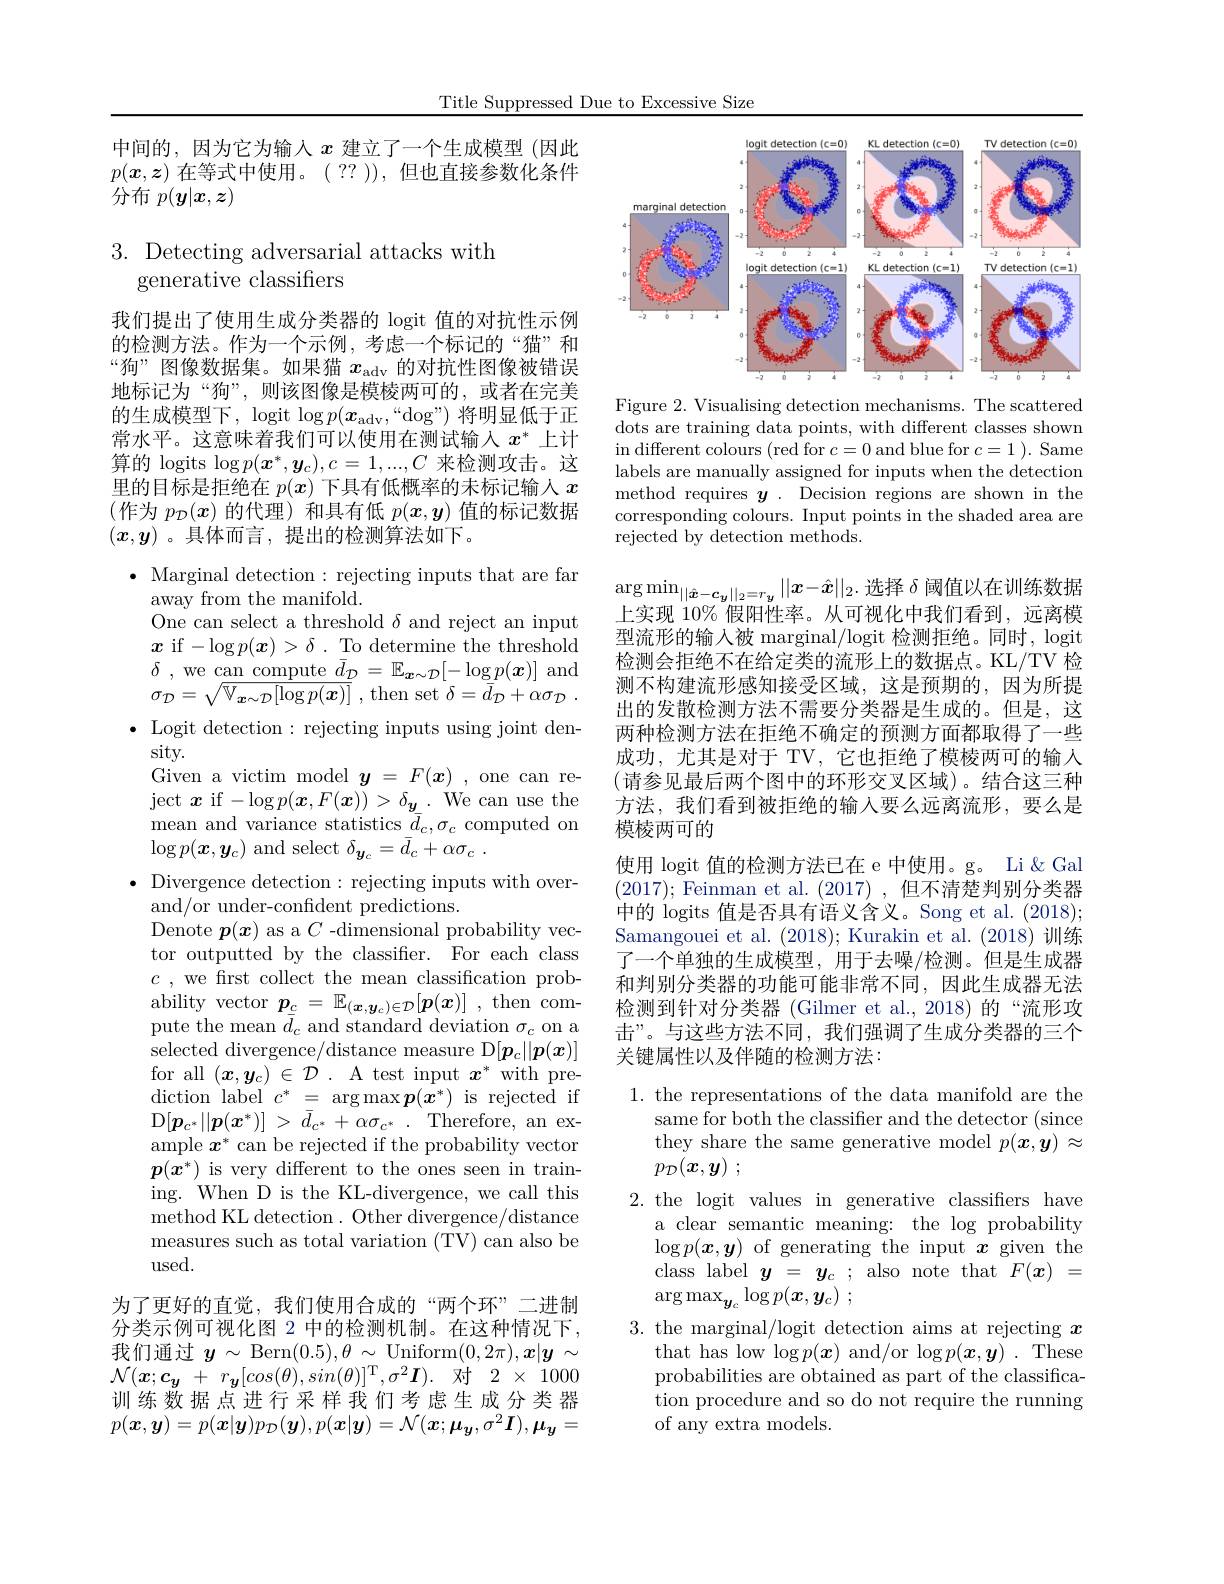
Title Suppressed Due to Excessive Size

中间的，因为它为输入$x$建立了一个生成模型 (因此$p(\boldsymbol{x},\boldsymbol{z})$在等式中使用。( ?? )),但也直接参数化条件分布$p(\boldsymbol{y}|\boldsymbol{x},\boldsymbol{z})$

## $3.{\mathrm{~Detecting~adversarial~attacks~with}}$ generative classifiers

我们提出了使用生成分类器的 logit 值的对抗性示例的检测方法。作为一个示例，考虑一个标记的“猫”和“狗”图像数据集。如果猫$x_\mathrm{adv}$的对抗性图像被错误地标记为“狗”,则该图像是模棱两可的，或者在完美的生成模型下，$\log$it $\log p(\boldsymbol{x}_\mathrm{adv},“$dog") 将明显低于正常水平。这意味着我们可以使用在测试输入$x^*$上计算的 logits $\log p(\boldsymbol{x}^*,\boldsymbol{y}_c),c=1,...,C$来检测攻击。这里的目标是拒绝在$p(x)$下具有低概率的未标记输入$x$ (作为$p_{\mathcal{D}}(\boldsymbol{x})$的代理) 和具有低$p(\boldsymbol{x},\boldsymbol{y})$值的标记数据$(x,y)$ 。具体而言，提出的检测算法如下。

$\bullet$ Marginal detection: rejecting inputs that are far
away from the manifold.
One can select a threshold $\delta$ and reject an input $x$ if $-\log p(\boldsymbol{x})>\delta.$ To determine the threshold $\delta$ , we can compute $\bar{d}_{\mathcal{D}}=\mathbb{E}_{\boldsymbol{x}\sim\mathcal{D}}[-\log_{\boldsymbol{D}}p(\boldsymbol{x})]$ and $\sigma _{\mathcal{D} }= \sqrt {\mathbb{V} _{\boldsymbol{x}\sim \mathcal{D} }[ \log p( \boldsymbol{x}) ] }$ , then set $\delta = \overline {\bar{d} }_{\mathcal{D} }+ \alpha \sigma _{\mathcal{D} }$ . $\bullet$ Logit detection : rejecting inputs using joint den-
sity.
Given a victim model $y=F(x)$ , one can reject $\boldsymbol{x}$ if$-\log p(\boldsymbol{x},F(\boldsymbol{x}))>\delta_{\underline{\boldsymbol{y}}}.$ We can use the mean and variance statistics $\overline{d}_{c},\sigma_{c}$ computed on $\log p(\boldsymbol{x},\boldsymbol{y}_c)$ and select $\delta _{\boldsymbol{y}_c}= \bar{d} _c+ \alpha \sigma _c$ .
$\bullet$ Divergence detection: rejecting inputs with over-
and/or under-confident predictions.
Denote $\boldsymbol p(\boldsymbol x)$ as a $C$ -dimensional probability vector outputted by the classifier. For each class $c$ , we frst collect the mean classification probability vector $p_{\underline{c}}=\mathbb{E}_{(\boldsymbol{x},\boldsymbol{y}_c)\in\mathcal{D}}[\boldsymbol{p}(\boldsymbol{x})]$ , then compute the mean $\bar{d}_c$ and standard deviation $\sigma_c$ on a selected divergence/distance measure D$[\boldsymbol p_c||\boldsymbol{p}(x)]$ for all $(\boldsymbol x,\boldsymbol y_c)\in\mathcal{D}^{\prime}.$ A test input $\boldsymbol x^*$ with pre- $\operatorname*{diction}\overset{{\mathrm{label}}}{\operatorname*{c^{*}}}=\operatorname*{argmax}\boldsymbol{p(x^{*})}$ is rejected if $\mathbb{D} [ p_{c^* }| | p( x^* ) ]$ > $\bar{d} _{c^* }+ \bar{\alpha } \sigma _{c^* }$ .Therefore, an example $x^*$ can be rejected if the probability vector $p(x^{*})$ is very different to the ones seen in training. When D is the KL-divergence, we call this method KL detection. Other divergence/distance measures such as total variation (TV) can also be $\operatorname{used}.$
为了更好的直觉，我们使用合成的“两个环”二进制分类示例可视化图 2 中的检测机制。在这种情况下， 我们通过$y\sim\operatorname{Bern}(0.5),\theta\sim\operatorname{Uniform}(0,2\pi),\boldsymbol{x}|\boldsymbol{y}\sim$ $\mathcal{N} ( \boldsymbol{x}; \boldsymbol{c}_{\boldsymbol{y}}$ + $r_{\boldsymbol{y}}[ cos( \theta ) , sin( \theta ) ] ^{\mathrm{T} }, \sigma ^{2}\boldsymbol{I}) .$ 对 2 $\times$ 1000训练数据点进行采样我们考虑生成分类器$p(\boldsymbol{x},\boldsymbol{y})=p(\boldsymbol{x}|\boldsymbol{y})p_{\mathcal{D}}(\boldsymbol{y}),p(\boldsymbol{x}|\boldsymbol{y})=\mathcal{N}(\boldsymbol{x};\boldsymbol{\mu}_{\boldsymbol{y}},\sigma^2\boldsymbol{I}),\boldsymbol{\mu}_{\boldsymbol{y}}=$

<FigureHere>

Figure 2. Visualising detection mechanisms. The scattered $\bar{\text{dots are training data points, with different classes shown}}$ in different colours (red for $c=0$ and blue for $c=1).$ Same labels are manually assigned for inputs when the detection method requires $y.$ Decision regions are shown in the corresponding colours. Input points in the shaded area are $\bar{\text{rejected by detection methods}}.$

$\arg\min_{||\hat{\boldsymbol{x}}-\boldsymbol{c}_y||_2=r_y}||x-\hat{\boldsymbol{x}}||_2.$选择$\delta$阈值以在训练数据上实现 10% 假阳性率。从可视化中我们看到，远离模型流形的输入被 marginal/logit 检测拒绝。同时，logit 检测会拒绝不在给定类的流形上的数据点。KL/TV 检测不构建流形感知接受区域，这是预期的，因为所提出的发散检测方法不需要分类器是生成的。但是，这两种检测方法在拒绝不确定的预测方面都取得了一些成功，尤其是对于 TV, 它也拒绝了模棱两可的输人(请参见最后两个图中的环形交叉区域)。结合这三种方法，我们看到被拒绝的输入要么远离流形，要么是模棱两可的
使用 logit 值的检测方法已在 e 中使用。g。Li &Gal (2017);Feinman et al.(2017),但不清楚判别分类器中的 logits 值是否具有语义含义。Song et al. (2018); Samangouei et al. (2018); Kurakin et al. (2018)训练了一个单独的生成模型，用于去噪/检测。但是生成器和判别分类器的功能可能非常不同，因此生成器无法检测到针对分类器 (Gilmer et al.,2018)的“流形攻击”。与这些方法不同，我们强调了生成分类器的三个关键属性以及伴随的检测方法：

1. the representations of the data manifold are the
same for both the classifier and the detector (since they share the same generative model $p(\boldsymbol x,\boldsymbol{y})\approx$ $p_{\mathcal{D} }( \boldsymbol{x}, \boldsymbol{y})$ ;
2.the logit values in generative classifiers have
a clear semantic meaning: the log probability $\log p(\boldsymbol{x},\boldsymbol{y})$ of generating the input $\boldsymbol x$ given the class label$y_c=y_c;$ also note that$F(\boldsymbol{x})=$ $\arg \max _{\boldsymbol{y}_c}\log p( \boldsymbol{x}, \boldsymbol{y}_c)$ ;
3. the marginal/logit detection aims at rejecting $x$
that has low $\log p(\boldsymbol{x})$ and/or $\log p(\boldsymbol{x},\boldsymbol{y}).$ These probabilities are obtained as part of the classification procedure and so do not require the running of any extra models.